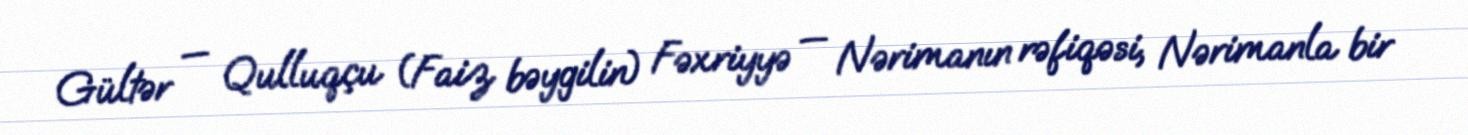
Gültər — Qulluqçu (Faiz bəygilin) Fəxriyyə — Nərimanın rəfiqəsi, Nərimanla bir